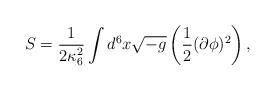
\begin{align*}S = \frac{1}{2 \kappa_{6}^{2}} \int d^6x \sqrt{-g} \left ( \frac{1}{2} (\partial \phi)^2 \right ), \end{align*}